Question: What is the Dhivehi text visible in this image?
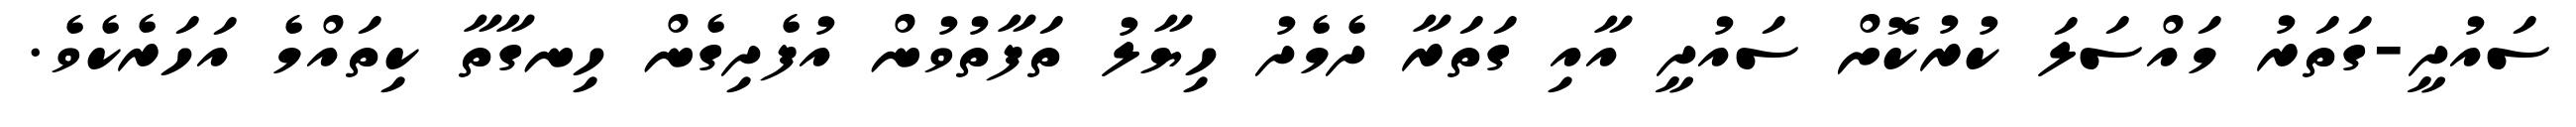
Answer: ސައުދީ-ގަތަރު މައްސަލަ ކުރުކޮށް ސައުދީ އާއި ގަތަރާ ދެމެދު ހިޔާލު ތަފާތުވުން އުފެދިގެން ހިނގާތާ ކިތައްމެ އަހަރެކެވެ.